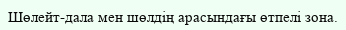
Шөлейт-дала мен шөлдің арасындағы өтпелі зона.